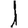
Digit: 1